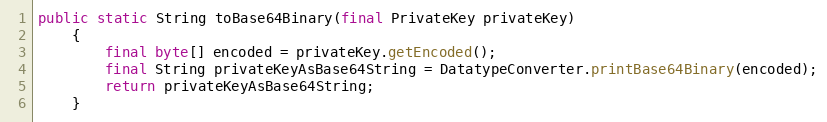
Language: Java
public static String toBase64Binary(final PrivateKey privateKey)
	{
		final byte[] encoded = privateKey.getEncoded();
		final String privateKeyAsBase64String = DatatypeConverter.printBase64Binary(encoded);
		return privateKeyAsBase64String;
	}